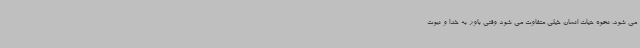
می شود، نحوه حیات انسان خیلی متفاوت می شود وقتی باور به خدا و نبوت